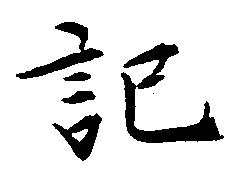
記